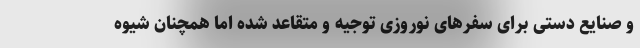
و صنایع دستی برای سفرهای نوروزی توجیه و متقاعد شده اما همچنان شیوه